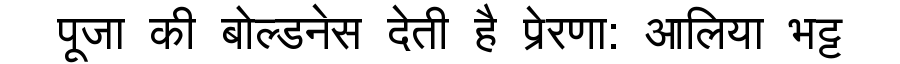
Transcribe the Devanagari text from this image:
पूजा की बोल्डनेस देती है प्रेरणा: आलिया भट्ट